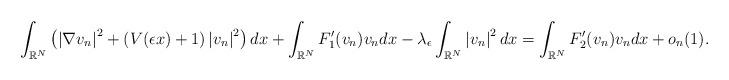
LaTeX: \begin{align*} \int_{\mathbb{R}^N}\left(\left|\nabla v_n\right|^2+(V(\epsilon x)+1)\left|v_n\right|^2\right) d x+\int_{\mathbb{R}^N} F'_1(v_n)v_nd x-\lambda_\epsilon \int_{\mathbb{R}^N}\left|v_n\right|^2 d x=\int_{\mathbb{R}^N} F'_2(v_n)v_n d x+o_n(1).\end{align*}